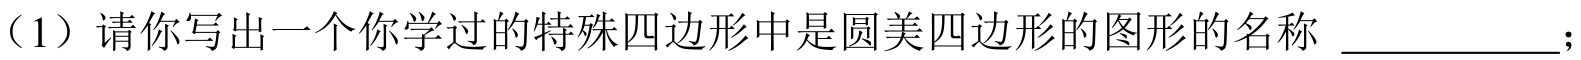
（1）请你写出一个你学过的特殊四边形中是圆美四边形的图形的名称 \_\_\_\_\_\_\_\_；